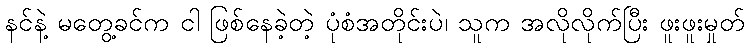
နင်နဲ့ မတွေ့ခင်က ငါ ဖြစ်နေခဲ့တဲ့ ပုံစံအတိုင်းပဲ၊ သူက အလိုလိုက်ပြီး ဖူးဖူးမှုတ်